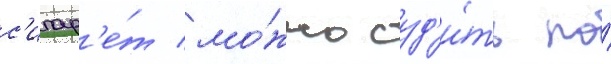
с'игар'е́т мо́жно суд'и́ть по́